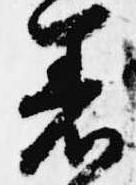
着